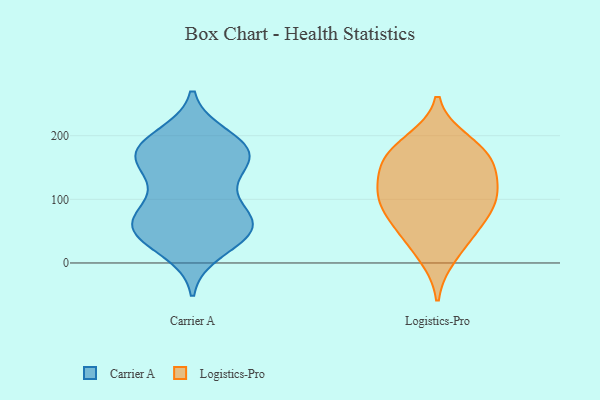
{"axis": {"x": "Churn Rate (%)", "y": "Value"}, "legend": ["Carrier A", "Logistics-Pro"], "data": [{"x": "", "y": 20, "type": "Carrier A"}, {"x": "", "y": 60, "type": "Carrier A"}, {"x": "", "y": 106, "type": "Carrier A"}, {"x": "", "y": 187, "type": "Carrier A"}, {"x": "", "y": 71, "type": "Carrier A"}, {"x": "", "y": 55, "type": "Carrier A"}, {"x": "", "y": 71, "type": "Carrier A"}, {"x": "", "y": 174, "type": "Carrier A"}, {"x": "", "y": 55, "type": "Carrier A"}, {"x": "", "y": 174, "type": "Carrier A"}, {"x": "", "y": 179, "type": "Carrier A"}, {"x": "", "y": 163, "type": "Carrier A"}, {"x": "", "y": 69, "type": "Carrier A"}, {"x": "", "y": 151, "type": "Carrier A"}, {"x": "", "y": 37, "type": "Carrier A"}, {"x": "", "y": 198, "type": "Carrier A"}, {"x": "", "y": 45, "type": "Carrier A"}, {"x": "", "y": 132, "type": "Carrier A"}, {"x": "", "y": 172, "type": "Carrier A"}, {"x": "", "y": 91, "type": "Logistics-Pro"}, {"x": "", "y": 191, "type": "Logistics-Pro"}, {"x": "", "y": 50, "type": "Logistics-Pro"}, {"x": "", "y": 49, "type": "Logistics-Pro"}, {"x": "", "y": 147, "type": "Logistics-Pro"}, {"x": "", "y": 11, "type": "Logistics-Pro"}, {"x": "", "y": 88, "type": "Logistics-Pro"}, {"x": "", "y": 162, "type": "Logistics-Pro"}, {"x": "", "y": 178, "type": "Logistics-Pro"}, {"x": "", "y": 164, "type": "Logistics-Pro"}, {"x": "", "y": 116, "type": "Logistics-Pro"}, {"x": "", "y": 96, "type": "Logistics-Pro"}, {"x": "", "y": 119, "type": "Logistics-Pro"}]}